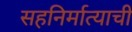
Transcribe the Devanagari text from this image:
सहनिर्मात्याची